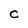
Character: C